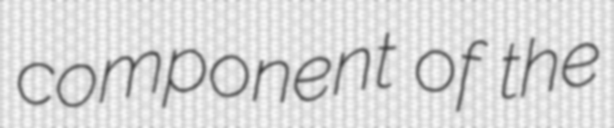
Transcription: component of the